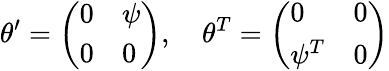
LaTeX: \theta^{\prime}=\left(\begin{array}{ll}{{0}}&{{\psi}}\\ {{0}}&{{0}}\end{array}\right),\quad\theta^{T}=\left(\begin{array}{ll}{{0}}&{{0}}\\ {{\psi^{T}}}&{{0}}\end{array}\right)